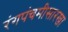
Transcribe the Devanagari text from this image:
रंगपंचमीसारखा